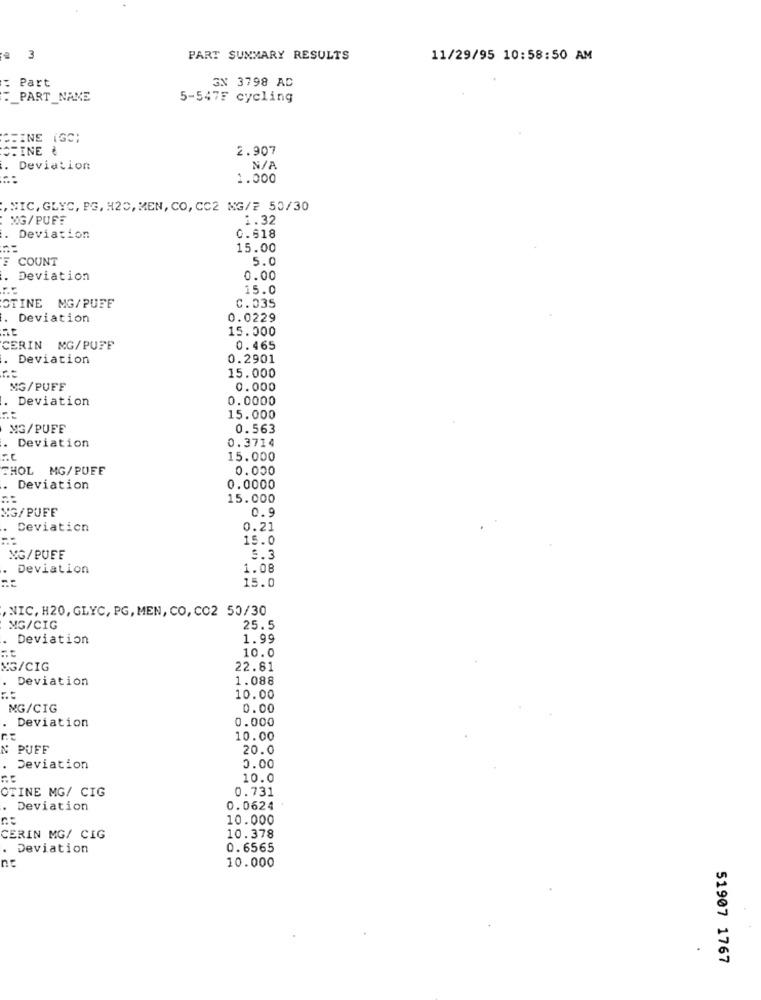
3
PART SUMMARY RESULTS
11/29/95 10:58:50 AM
Part
GN 3798 AD
._ PART_NAME
5-5475 cycling
PEINE (GC;
STINE &
2.907
Deviation
1.000
,NIC, GLYC, PG, H20, MEN, CO, CC2 MG/? 50/30
MG/PUFF
1.32
Deviation
0.618
15.00
COUNT
5.0
Deviation
0.00
15.0
C.035
OTINE MG/PUFF
. Deviation
0.0229
15.000
CERIN MG/PUFF
0.465
Deviation
0.2901
15.000
MG/PUFF
0.000
Deviation
0.0000
15.000
MG/PUFE
0.563
0.3714
Deviation
15.000
THOL MG/PUFE
0.000
Deviation
0.0000
15.000
MG/PUFF
0.9
Deviation
0.21
15.0
MG/PUFF
5.3
Deviation
1.08
15.0
,NIC, H20, GLYC, PG, MEN, CO, CO2 50/30
MG/CIG
25.5
Deviation
1.99
10.0
NG/CIG
22.81
Deviation
1.088
10.00
MG/CIG
0.00
Deviation
0.000
10.00
N PUFF
20.0
Deviation
0.00
10.0
OTINE MG/ CIG
0.731
. Deviation
0.0624
10.000
CERIN MG/ CIG
10.378
. Deviation
0.6565
nc
10.000
51907 1767